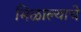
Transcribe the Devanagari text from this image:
मिळाल्याचें